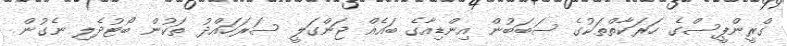
ގްރީންޕީސްގެ ހަރަކާތްތަކުގެ ސަބަބުން އިންޑިއާގެ ބައެއް ޖަންގަލީ ސަރަހައްދު ތަކުން ބޯޓުދެލި ނެގުން